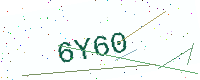
Text: 6Y60